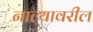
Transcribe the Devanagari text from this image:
नाल्यावरील